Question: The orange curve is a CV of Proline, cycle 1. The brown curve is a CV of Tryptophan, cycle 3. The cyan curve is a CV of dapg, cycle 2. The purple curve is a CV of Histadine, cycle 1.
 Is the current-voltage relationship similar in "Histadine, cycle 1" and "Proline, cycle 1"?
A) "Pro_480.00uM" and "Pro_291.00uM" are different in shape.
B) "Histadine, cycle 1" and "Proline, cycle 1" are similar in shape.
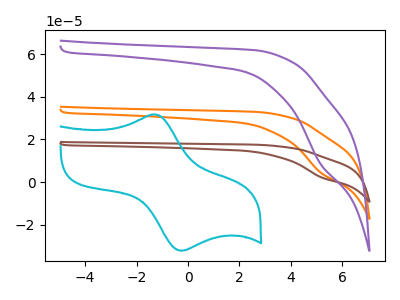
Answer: <think>The orange curve "Proline, cycle 1" has a cathodic peak at: (5.15V, 4.60uA). The brown curve "Tryptophan, cycle 3" has a cathodic peak at: (5.15V, 9.15uA). The cyan curve "dapg, cycle 2" has an anodic peak at (-1.35V, 31.65uA) and a cathodic peak at (-0.25V, -32.10uA). The purple curve "Histadine, cycle 1" has a cathodic peak at: (5.15V, 8.60uA).
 All the peaks in "Histadine, cycle 1" have a peak in "Proline, cycle 1" at the same potential. Every peak in "Histadine, cycle 1" is lower than every peak in "Proline, cycle 1".</think>
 <answer>B) "Histadine, cycle 1" and "Proline, cycle 1" are similar in shape.</answer>
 <eval>B</eval>